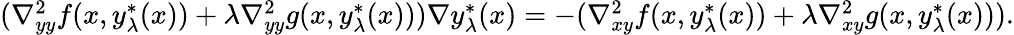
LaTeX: \begin{array}{r}{(\nabla_{yy}^{2}f(x,y_{\lambda}^{*}(x))+\lambda\nabla_{yy}^{2}g(x,y_{\lambda}^{*}(x)))\nabla y_{\lambda}^{*}(x)=-(\nabla_{xy}^{2}f(x,y_{\lambda}^{*}(x))+\lambda\nabla_{xy}^{2}g(x,y_{\lambda}^{*}(x))).}\end{array}